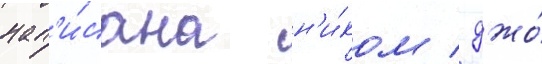
нап'и́сана н'и́ком / джо́